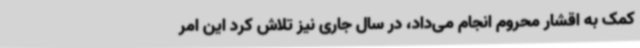
کمک به اقشار محروم انجام می‌داد، در سال جاری نیز تلاش کرد این امر